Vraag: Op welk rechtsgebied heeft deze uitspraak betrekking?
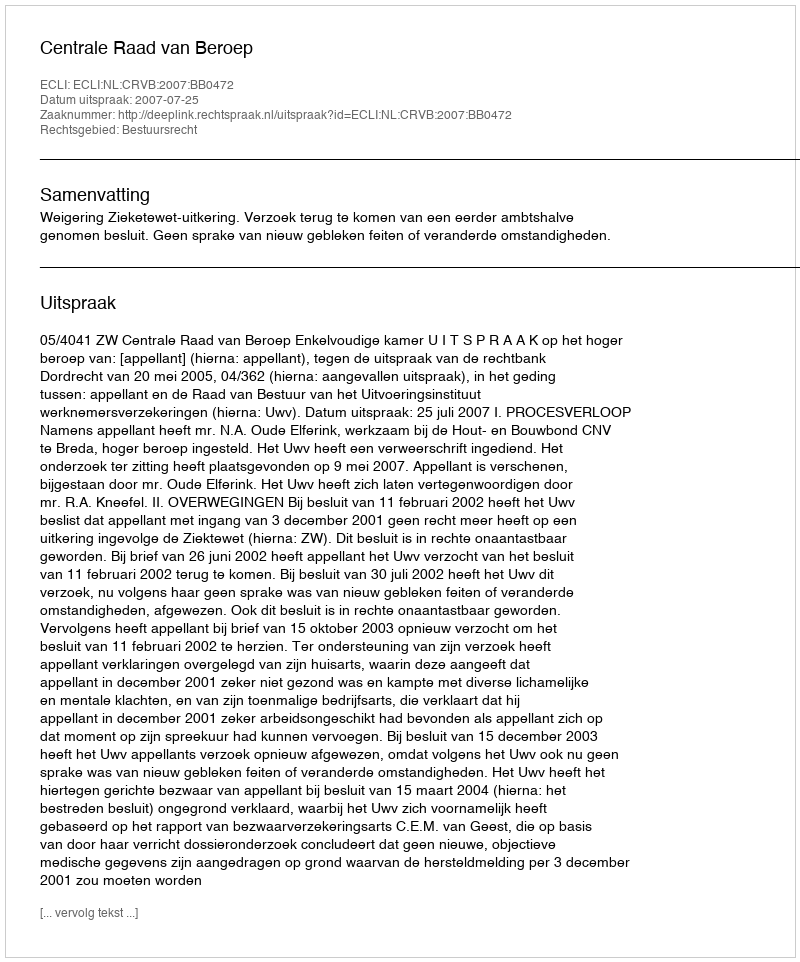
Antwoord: Bestuursrecht